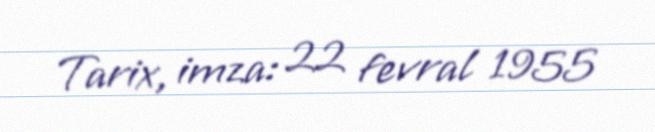
Tarix, imza: 22 fevral 1955